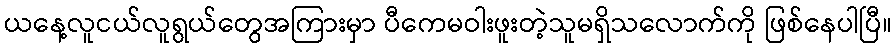
ယနေ့လူငယ်လူရွယ်တွေအကြားမှာ ပီကေမဝါးဖူးတဲ့သူမရှိသလောက်ကို ဖြစ်နေပါပြီ။